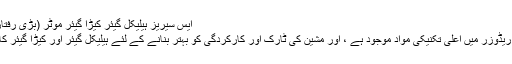
ایس سیریز ہیلیکل گیئر کیڑا گیئر موٹر (بڑی رفتار کا تناسب) ،
1 ایس سیریز ریڈوزر میں اعلی تکنیکی مواد موجود ہے ، اور مشین کی ٹارک اور کارکردگی کو بہتر بنانے کے لئے ہیلیکل گیئر اور کیڑا گیئر کا مجموعہ ہے۔